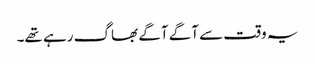
یہ وقت سے آگے آگے بھاگ رہے تھے۔